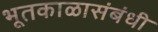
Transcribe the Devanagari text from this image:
भूतकाळासंबंधी